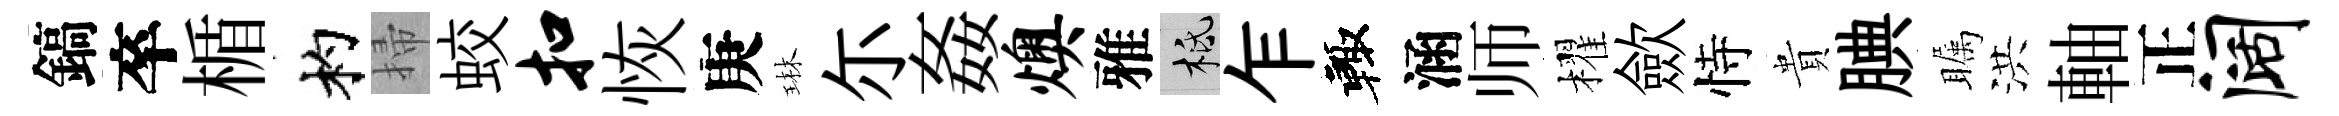
鎬卒楯杓掃蛟扣恢庚琳尓姦燠雅柢乍輙涵师櫂歛恃貴腆瞩洪軸正阔